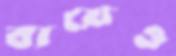
ব্যয়েও